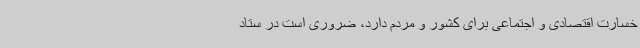
خسارت اقتصادی و اجتماعی برای کشور و مردم دارد،‌ ضروری است در ستاد